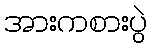
အားကစားပွဲ